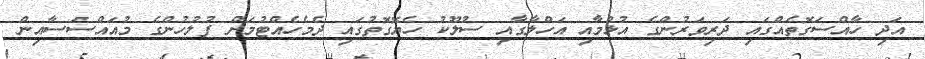
އަދި ހާއްސަގޮތެއްގައި ދަރިވަރުންގެ އުޅުމާއި އަހްލާގާއި ސުލޫކު ހެޔޮގޮތުގައި ދެމެހެއްޓުމަށް ފުލުހުންގެ މުއައްސަސާއިން